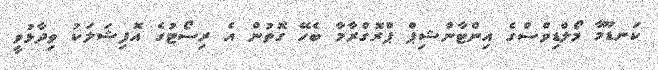
ކަނޑޫމާ މޯލްޑިވްސްގެ އިންޓާންޝިޕް ޕްރޮގްރާމާ ބެހޭ ގޮތުން އެ ރިސޯޓުގެ އޮފިޝަލަކު ވިދާޅުވީ